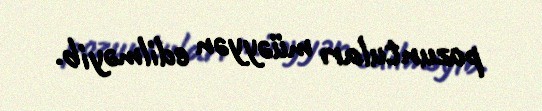
pozuntuları müəyyən edilməyib.